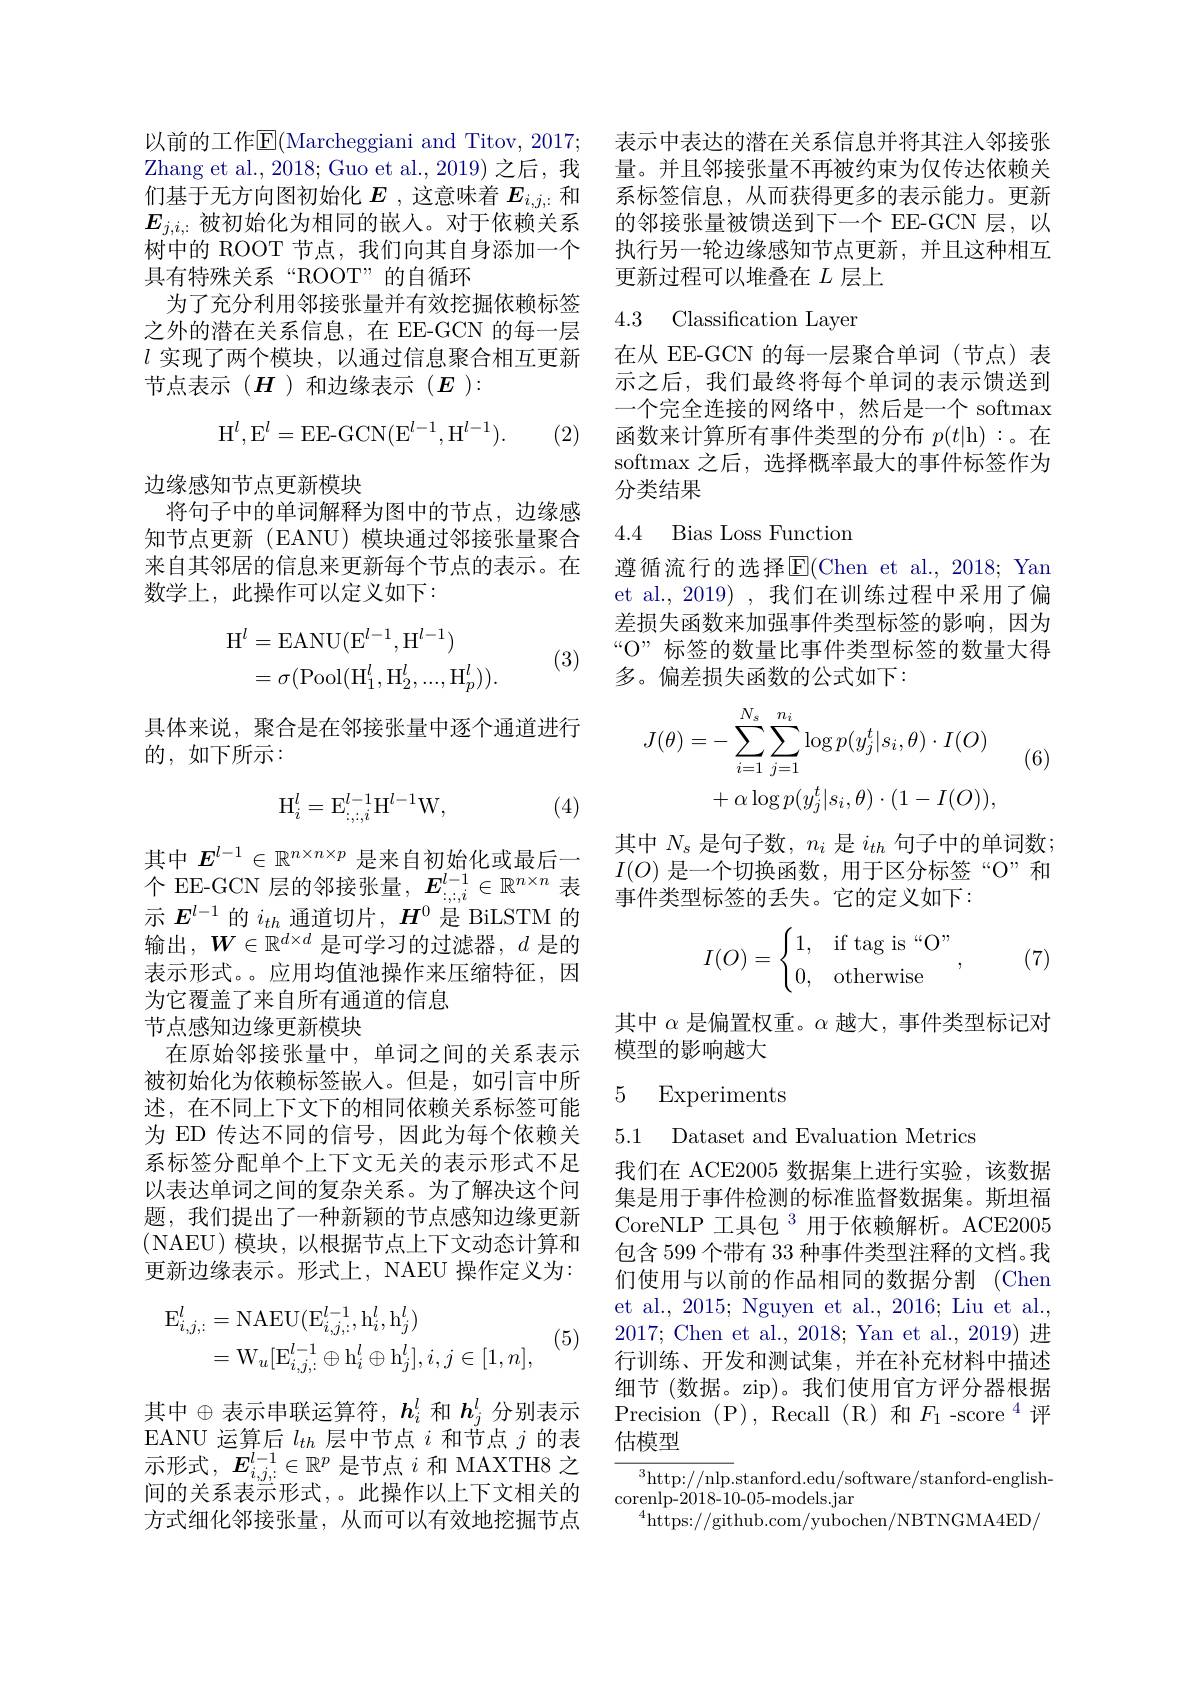
以前的工作E(Marcheggiani and Titov, 2017; Zhang et al., 2018; Guo et al., 2019) 之后，我们基于无方向图初始化$E$ ,这意味着$E_{i,j,:}$和$E_{j,i,:}$被初始化为相同的嵌入。对于依赖关系树中的 ROOT 节点，我们向其自身添加一个具有特殊关系“ROOT”的自循环
为了充分利用邻接张量并有效挖掘依赖标签之外的潜在关系信息，在 EE-GCN 的每一层$l$实现了两个模块，以通过信息聚合相互更新节点表示($H$)和边缘表示($E$):
$$\mathrm H^l,\mathrm E^l=\mathrm E\mathrm E-\mathrm G\mathrm C\mathrm N(\mathrm E^{l-1},\mathrm H^{l-1}).$$
(2)

边缘感知节点更新模块
将句子中的单词解释为图中的节点，边缘感知节点更新 (EANU) 模块通过邻接张量聚合来自其邻居的信息来更新每个节点的表示。在数学上，此操作可以定义如下：
$$\begin{aligned}\mathrm{H}^{l}&=\mathrm{EANU}(\mathrm{E}^{l-1},\mathrm{H}^{l-1})\\&=\sigma(\mathrm{Pool}(\mathrm{H}_{1}^{l},\mathrm{H}_{2}^{l},...,\mathrm{H}_{p}^{l})).\end{aligned}$$
(3)

具体来说，聚合是在邻接张量中逐个通道进行
的，如下所示：
$$\mathrm H_i^l=\mathrm E_{:,:,i}^{l-1}\mathrm H^{l-1}\mathrm W,$$
(4)

其中$E^{l-1}\in\mathbb{R}^{n\times n\times p}$是来自初始化或最后一示$E^{l-1}$的$i_{th}$通道切片，$H^0$是 BiLSTM 的输出，$\boldsymbol{W}\in\mathbb{R}^d\times d$是可学习的过滤器，$d$是的表示形式。。应用均值池操作来压缩特征，因为它覆盖了来自所有通道的信息
节点感知边缘更新模块
在原始邻接张量中，单词之间的关系表示被初始化为依赖标签嵌入。但是，如引言中所述，在不同上下文下的相同依赖关系标签可能为 ED 传达不同的信号，因此为每个依赖关系标签分配单个上下文无关的表示形式不足以表达单词之间的复杂关系。为了解决这个问题，我们提出了一种新颖的节点感知边缘更新(NAEU)模块，以根据节点上下文动态计算和更新边缘表示。形式上，NAEU 操作定义为：
$$\begin{aligned}\mathrm{E}_{i,j,:}^{l}&=\mathrm{NAEU}(\mathrm{E}_{i,j,:}^{l-1},\mathrm{h}_{i}^{l},\mathrm{h}_{j}^{l})\\&=\mathrm{W}_{u}[\mathrm{E}_{i,j,:}^{l-1}\oplus\mathrm{h}_{i}^{l}\oplus\mathrm{h}_{j}^{l}],i,j\in[1,n],\end{aligned}$$
(5)

其中$\oplus$表示串联运算符，$h_i^l$ 和 $h_j^l$ 分别表示EANU 运算后$l_th$层中节点$i$和节点$j$的表示形式，$E_i,j,:\in\mathbb{R}^p$是节点$i$和 MAXTH8 之间的关系表示形式，。此操作以上下文相关的方式细化邻接张量，从而可以有效地挖掘节点

表示中表达的潜在关系信息并将其注人邻接张量。并且邻接张量不再被约束为仅传达依赖关系标签信息，从而获得更多的表示能力。更新的邻接张量被馈送到下一个 EE-GCN 层，以执行另一轮边缘感知节点更新，并且这种相互更新过程可以堆叠在$L$层上

4.3 Classification Layer

在从 EE-GCN 的每一层聚合单词(节点)表示之后，我们最终将每个单词的表示馈送到一个完全连接的网络中，然后是一个 softmax 函数来计算所有事件类型的分布$p(t|$h):。在softmax 之后，选择概率最大的事件标签作为分类结果

### 4.4 Bias Loss Function

遵循流行的选择E$( Chen et al. , 2018; Yan$ et al., 2019) , 我们在训练过程中采用了偏差损失函数来加强事件类型标签的影响，因为“O” 标签的数量比事件类型标签的数量大得多。偏差损失函数的公式如下：
$$\begin{aligned}J(\theta)&=-\sum_{i=1}^{N_{s}}\sum_{j=1}^{n_{i}}\log p(y_{j}^{t}|s_{i},\theta)\cdot I(O)\\&+\alpha\log p(y_{j}^{t}|s_{i},\theta)\cdot(1-I(O)),\end{aligned}$$
(6)

其中$N_s$是句子数，$n_i$是$i_th$句子中的单词数；
具 中 $E\in \mathbb{R} ^{\text{ 是 米 目 初 始 化 或 最 后 一 }}I( O)$ 是 一 个 切 换 函 数 , 用 于 区 分 标 签 “ O” 和 个 EE- GCN 层 的 邻 接 张 量 , $E_{: , : , i}^{l- 1}\in \mathbb{R} ^{n\times n}$ 表 事 件 类 型 标 签 的 丢 失 。它 的 定 义 如 下 :
事件类型标签的丢失。它的定义如下：
$$I(O)=\begin{cases}1,&\text{if tag is“O”}\\0,&\text{otherwise}\end{cases},$$
(7)

其中$\alpha$是偏置权重。$\alpha$越大，事件类型标记对
模型的影响越大

### 5 Experiments

5.1 Dataset and Evaluation Metrics

我们在 ACE2005 数据集上进行实验，该数据集是用于事件检测的标准监督数据集。斯坦福CoreNLP 工具包$^3$用于依赖解析。ACE2005包含 599 个带有 33 种事件类型注释的文档。我们使用与以前的作品相同的数据分割 (Chen et al., 2015; Nguyen et al., 2016; Liu et al., 2017; Chen et al., 2018; Yan et al., 2019) 进行训练、开发和测试集，并在补充材料中描述细节(数据。zip)。我们使用官方评分器根据Precision (P),Recall (R)和$F_1$-score$^4$评估模型
$^3$http://nlp.stanford.edu/software/stanford-english-

$\operatorname{corenlp-2018-10-05-models.jar}$
$^{4}\tilde{\mathrm{https://github.com/yubochen/NBTNGMA4ED/}}$